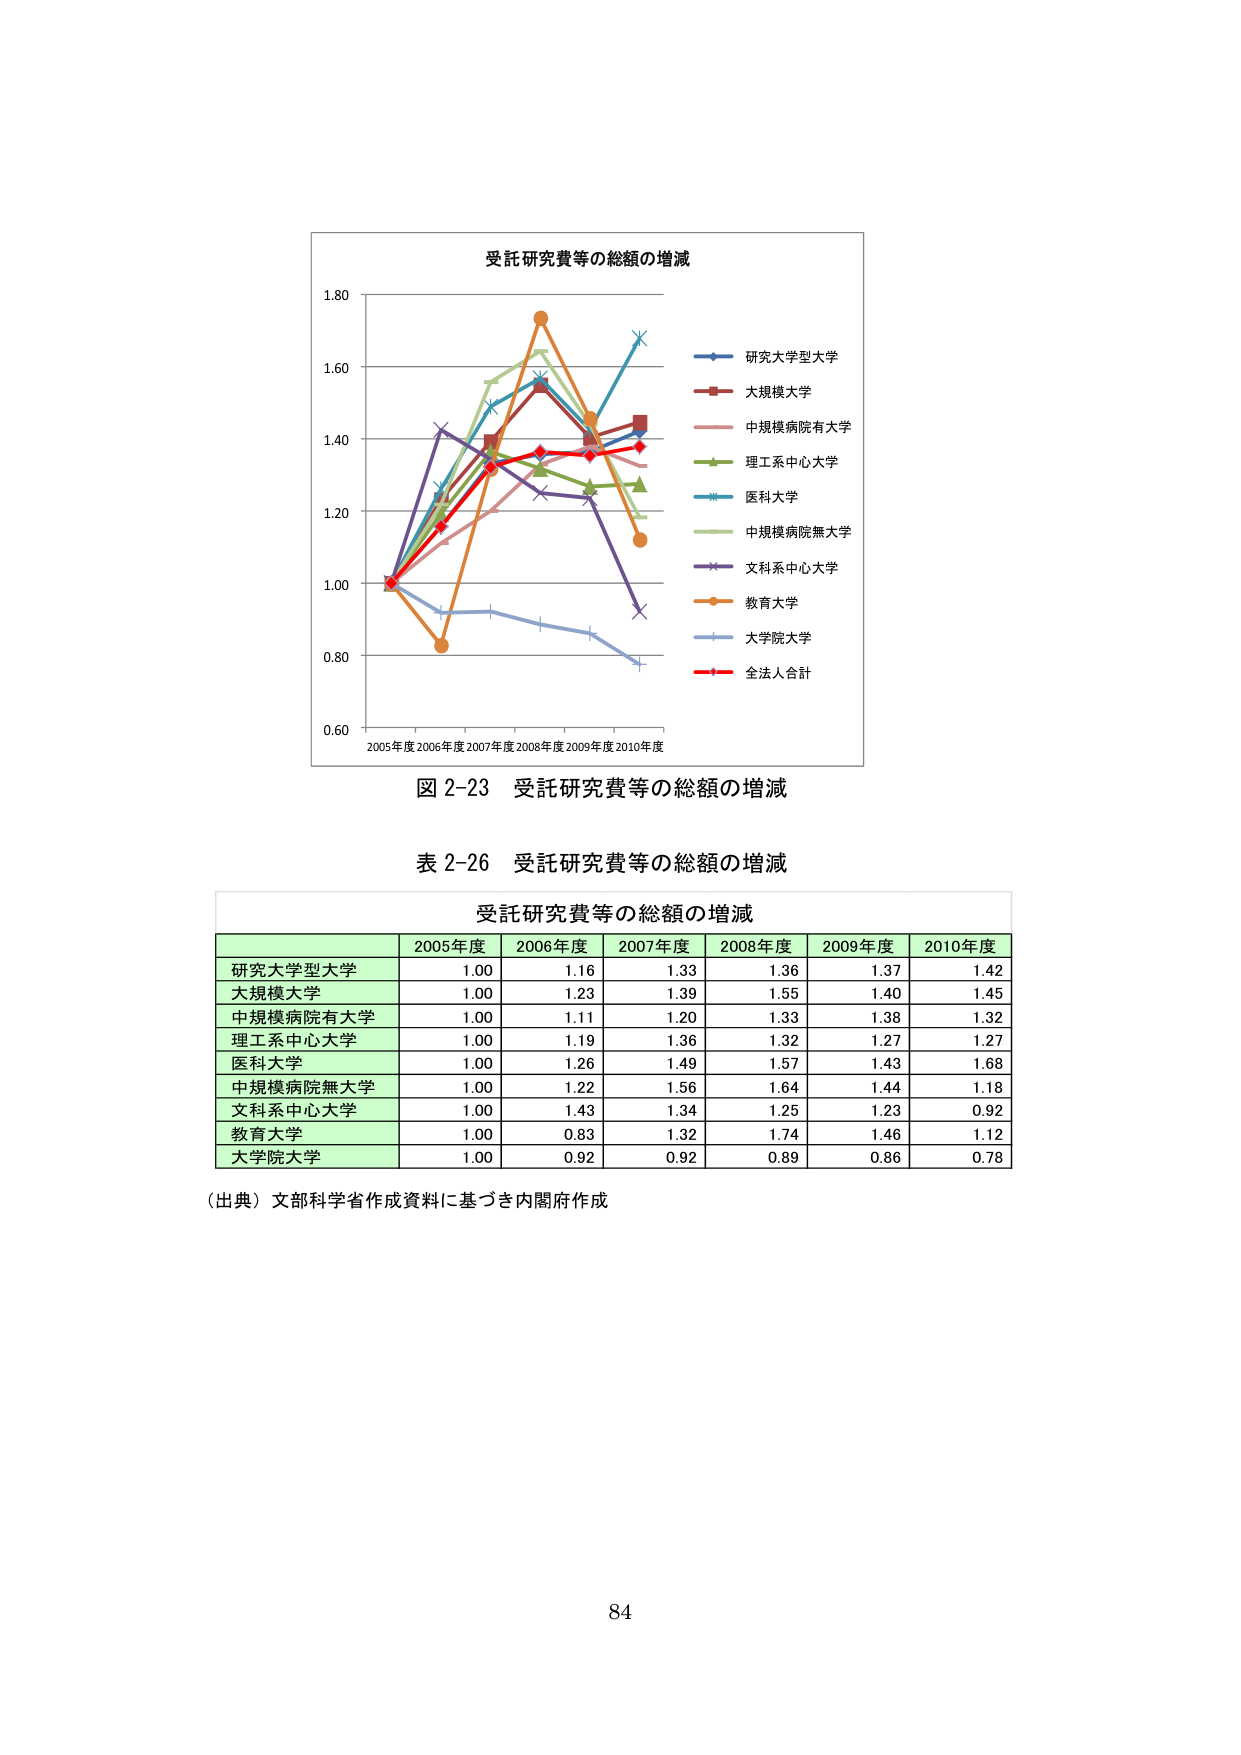
受託研究費等の総額の増減
1.80
1.60
1.40
1.20
1.00
0.80
0.60
2005年度 2006年度 2007年度 2008年度 2009年度 2010年度
研究大学型大学
大規模大学
中規模病院有大学
理工系中心大学
医科大学
中規模病院無大学
文科系中心大学
教育大学
大学院大学
全法人合計
図 2-23 受託研究費等の総額の増減
表 2-26 受託研究費等の総額の増減
受託研究費等の総額の増減
2005年度 2006年度 2007年度 2008年度 2009年度 2010年度
研究大学型大学 1.00 1.16 1.33 1.36 1.37 1.42
大規模大学 1.00 1.23 1.39 1.55 1.40 1.45
中規模病院有大学 1.00 1.11 1.20 1.33 1.38 1.32
理工系中心大学 1.00 1.19 1.36 1.32 1.27 1.27
医科大学 1.00 1.26 1.49 1.57 1.43 1.68
中規模病院無大学 1.00 1.22 1.56 1.64 1.44 1.18
文科系中心大学 1.00 1.43 1.34 1.25 1.23 0.92
教育大学 1.00 0.83 1.32 1.74 1.46 1.12
大学院大学 1.00 0.92 0.92 0.89 0.86 0.78
（出典）文部科学省作成資料に基づき内閣府作成
84